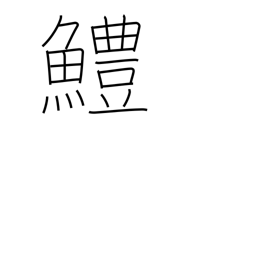
Meaning: sea eel